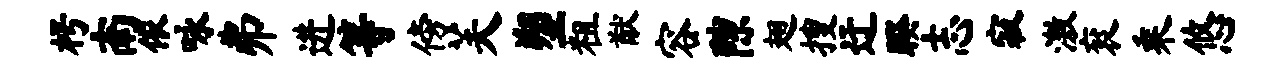
枵南依咏弗进等傍芙塑粗猷容隙翅搜迂睽志寂激衮乘悠